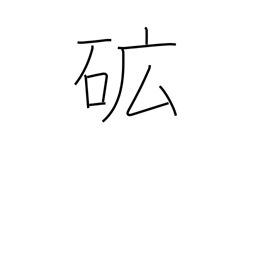
Meaning: ore